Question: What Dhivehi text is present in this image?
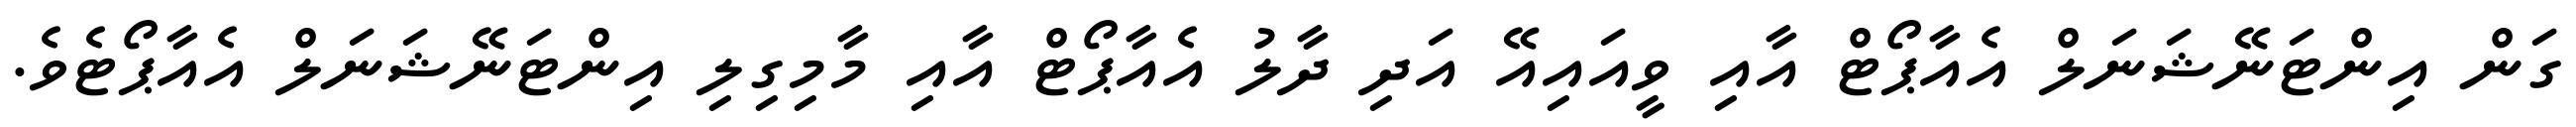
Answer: ގަން އިންޓަނޭޝަނަލް އެއާޕޯޓް އާއި ވީއައިއޭ އަދި ދާލު އެއާޕޯޓް އާއި މާމިގިލި އިންޓަނޭޝަނަލް އެއާޕޯޓެވެ.